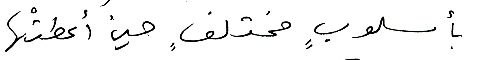
بأسلوبٍ مختلفٍ حين أعطتْها